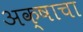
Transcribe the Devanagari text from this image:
अक्षाचा